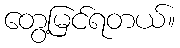
တွေ့မြင်ရတယ်။